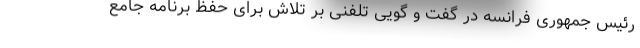
رئیس جمهوری فرانسه در گفت و گویی تلفنی بر تلاش برای حفظ برنامه جامع